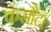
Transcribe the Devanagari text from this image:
कसौटा